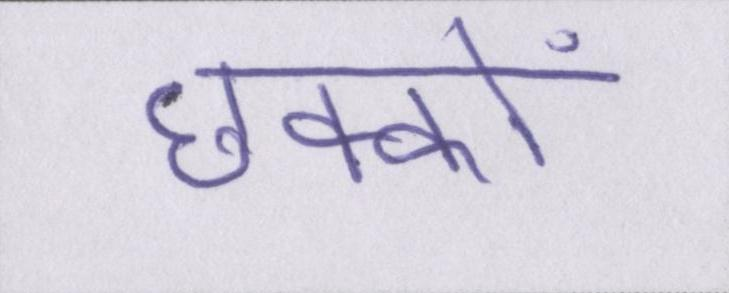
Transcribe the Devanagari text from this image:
छक्कों